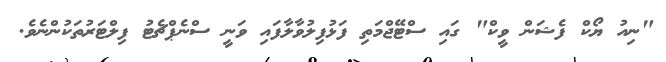
"ނިއު ޔޯކް ފެޝަން ވީކް" ގައި ސްޓޭޖްމަތި ފަޅުފިލުވާލާފައި ވަނީ ސްނެޕްޗެޓު ފިލްޓަރުތަކުންނެވެ.